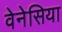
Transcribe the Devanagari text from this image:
वेनेसिया